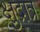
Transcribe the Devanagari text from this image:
क्षुद्रात्र